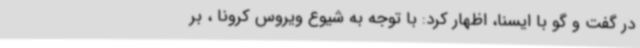
در گفت و گو با ایسنا، اظهار کرد: با توجه به شیوع ویروس کرونا ، بر